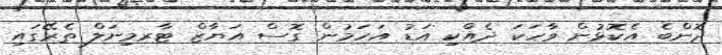
ދޮންބެ އެކޮޅުން ވާހަކަ ދެއްކި އަޑު އަހަމުން ގޮސް އަޔާޒް ޓާރމިނަލް ތެރޭގައި